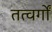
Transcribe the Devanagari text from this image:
तत्वर्गों